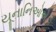
યૂનાનિઓએ